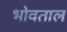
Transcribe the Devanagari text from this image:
भोवताल